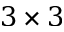
3 \times 3